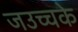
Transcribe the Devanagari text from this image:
जउच्चके